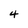
Character: 4